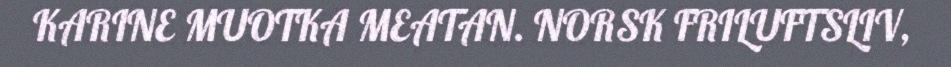
KARINE MUOTKA MEATAN. NORSK FRILUFTSLIV,